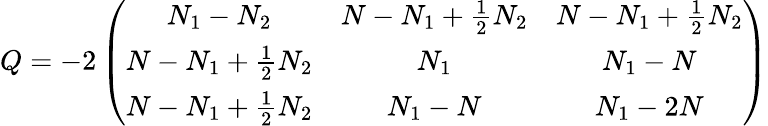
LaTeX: Q=-2\left(\begin{array}{ccc}{{N_{1}-N_{2}}}&{{N-N_{1}+\frac 12N_{2}}}&{{N-N_{1}+\frac 12N_{2}}}\\ {{N-N_{1}+\frac 12N_{2}}}&{{N_{1}}}&{{N_{1}-N}}\\ {{N-N_{1}+\frac 12N_{2}}}&{{N_{1}-N}}&{{N_{1}-2N}}\end{array}\right)